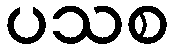
ပသစ